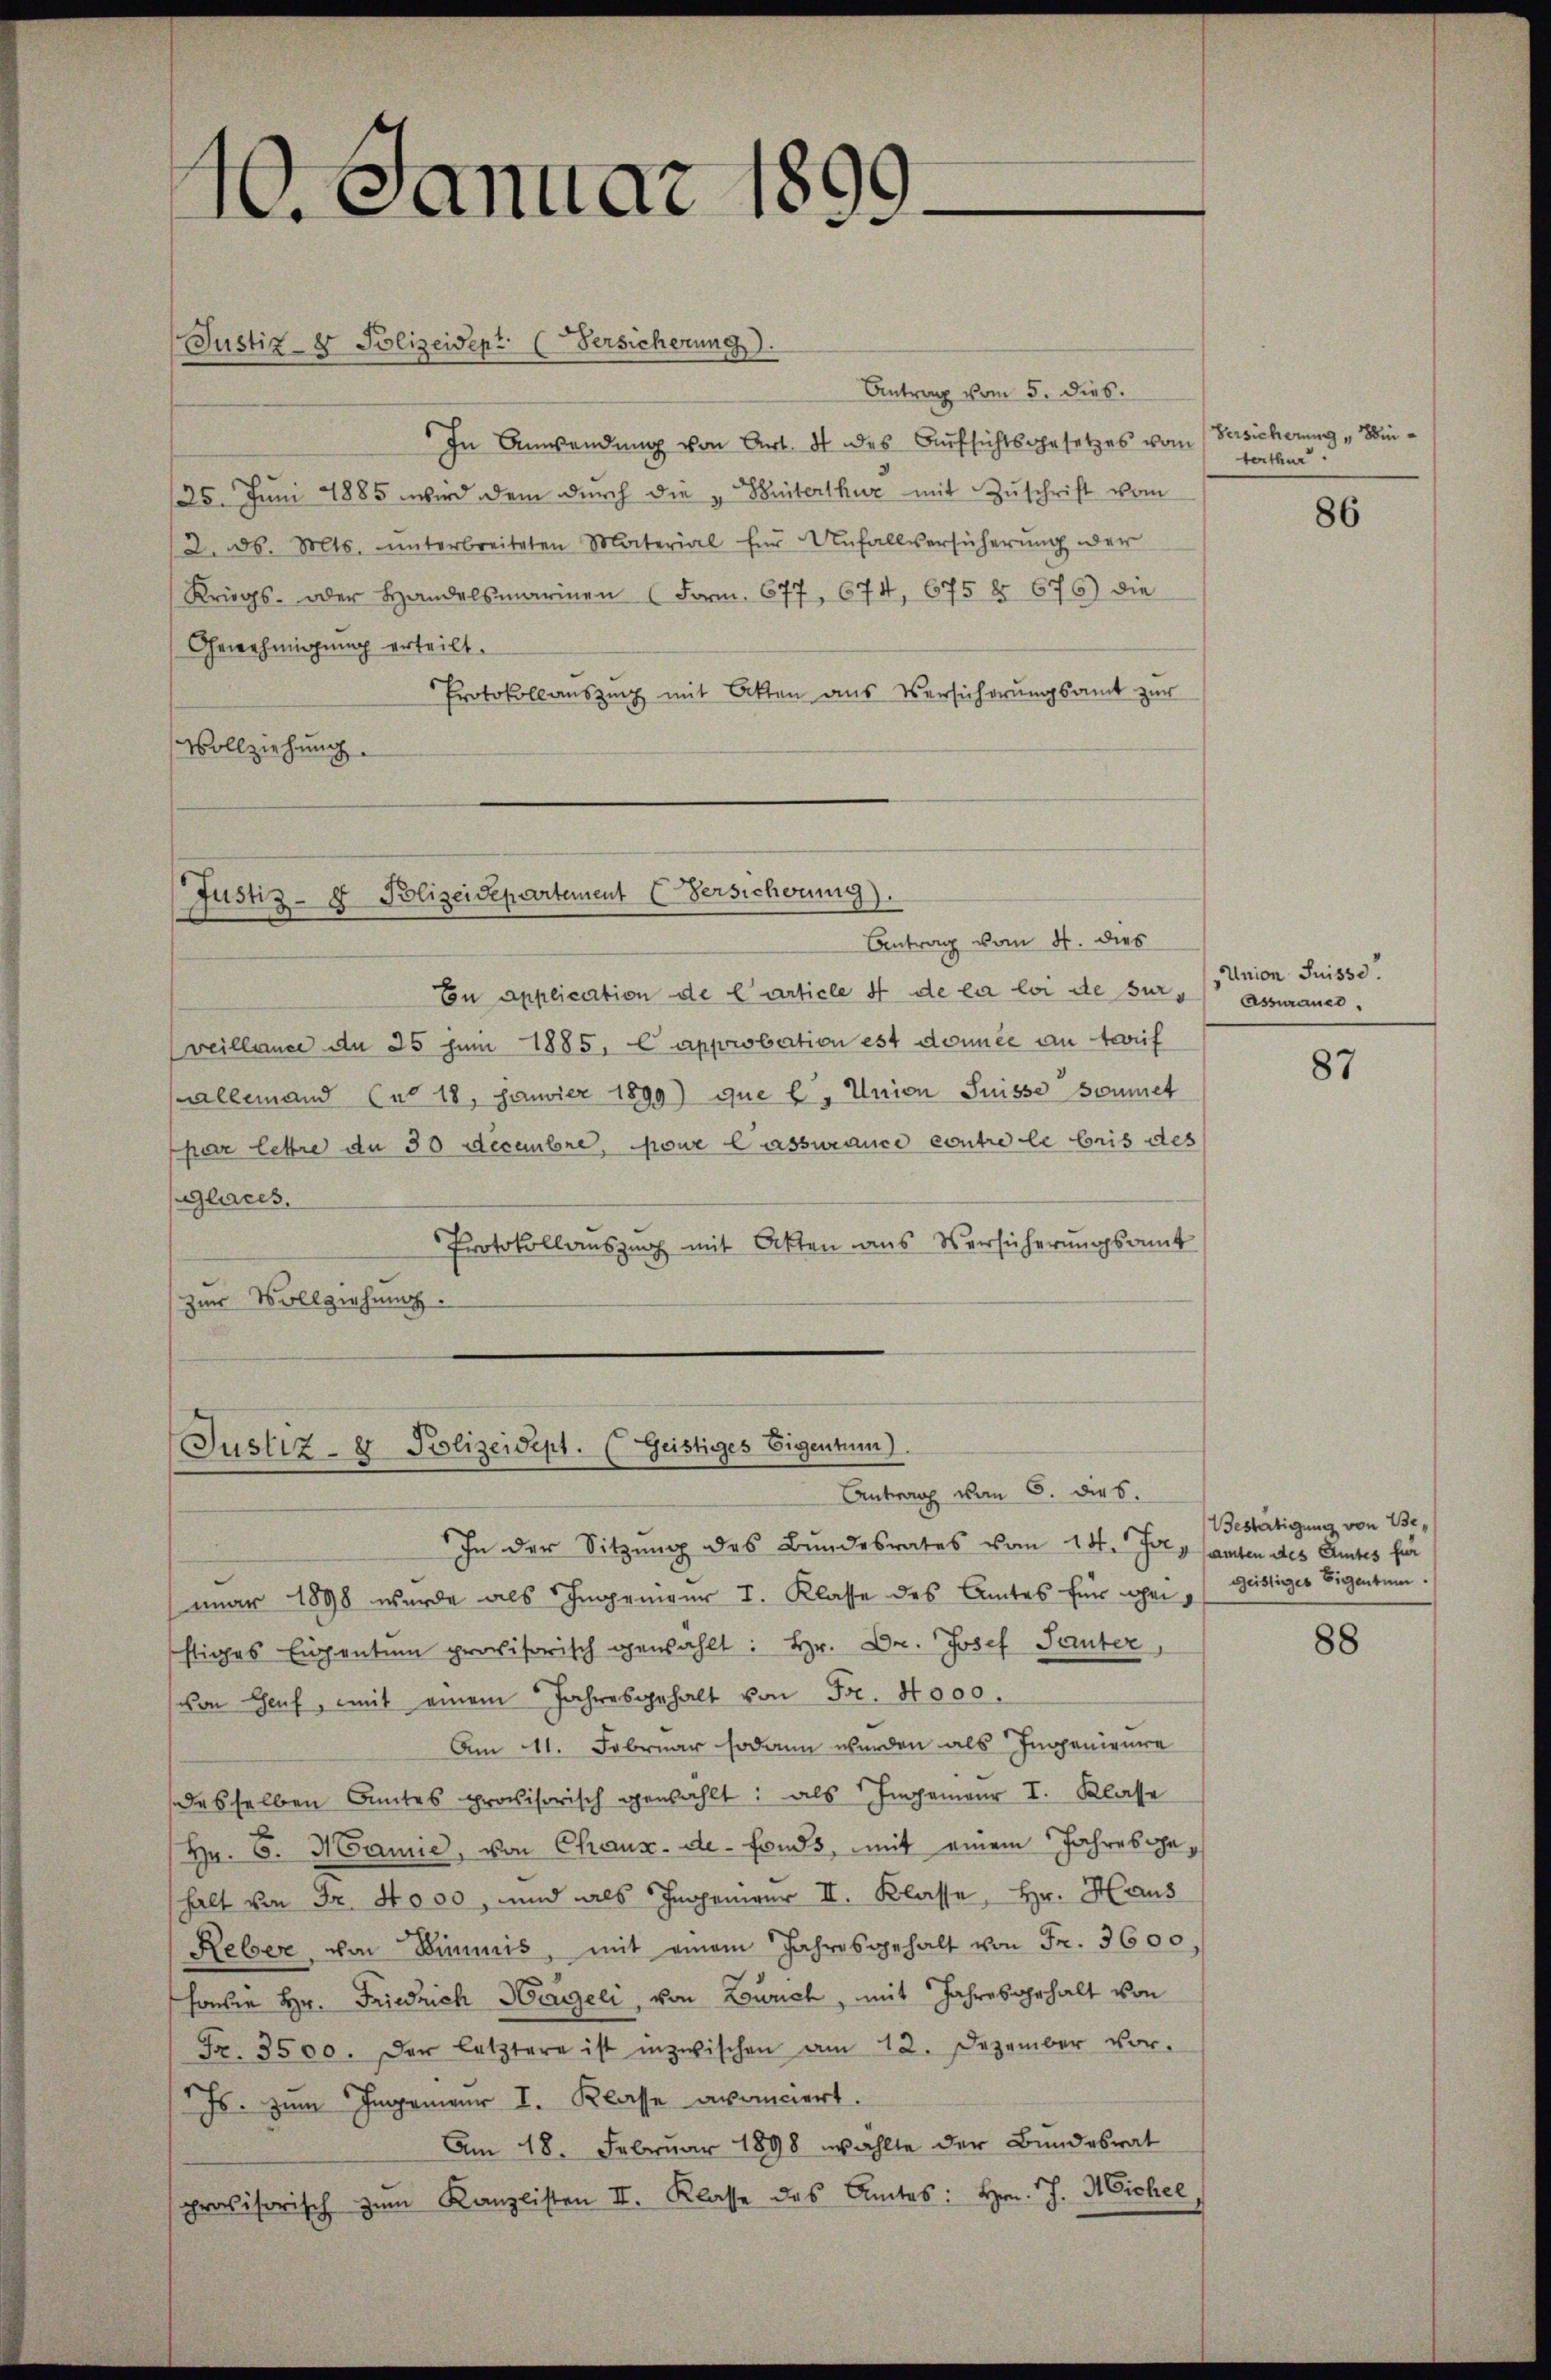
1. Januar 1899

Justiz- & Polizeidept. (Versicherung
Antrag vom 5. dies.
In Anwendung von Art. 4 des Aufsichtsgesetzes vom
125. Juni 1885 wird dem dŭrch die " Weiterthur mit Zŭschrift vom
/2. d. Mts. unterbreiteten Material für Unfallversicherŭng der
Kriegs- oder Handelsmarinen (Form. 677, 674, 675 § 676) die
Genehmigung erteilt.
Protokollauszug mit Akten aus Versicherungsamt zur
Vollziehung.

(Justiz- & Polizeidepartement Versichtung).

Antrag vom 4. dies
En application de Carticle 4 de la loi de surs assurance.
veillence an 25 Juni 1885, C approbation est donnée au treif
allemand Cu 18, sauvier 1899) que b. Union Suisse soumet
par lettre de 30 Decembre pour lassurance contre le bris des
glaces,
Protokollaŭszŭng mit Akten aus Versicherŭngsamt
zur Vollziehung.

Justiz- & Polizeidept. (Geistiges Eigentum).

Versicherung „Sinterthur.

Antrag vom 6. dies.
In der Sitzung des Bundesrates vom 14. July samten des Amtes für
mar 1898 wurde als Ingenieur I. Klasse des Amtes für hei Geistiger Eigentum.
ftiges Eigentum provisorisch gewählt: Hr. Dr. Josef Sauter,
von Genf, mit einem Jahresgehalt von Fr. 4000.
Am 11. Februar sodann werden als Ingenieure
desselben Amtes provisorisch gewählt: als Ingenieur I. Klasse
(Hr. 6. Marie, von Chaux-de-Fonds, mit einem Jahresgehalt von Fr. 4000, und als Ingenieur II. Klasse, Hr. Haus
Reber, von Stimmis, mit einem Jahresgehalt von Fr. 3600
honder Hr. Friedrich Hageli, von Lowich, mit Jahresgehalt von
Fr. 3500. Der letztere ist inzwischen am 12. Dezember vor.
Js. zum Ingenieur I. Klasse avanciert.
Am 18. Februar 1898 wählte der Bundesrat
provisorisch zŭm Kanzlisten II. Klasse des Amtes: hrn. J. Michel

86

Union Suisse.

87

Bestätigung von Be¬

88